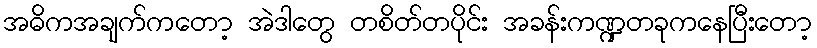
အဓိကအချက်ကတော့ အဲဒါတွေ တစိတ်တပိုင်း အခန်းကဏ္ဍတခုကနေပြီးတော့